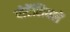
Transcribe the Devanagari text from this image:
पोटेंशियलें